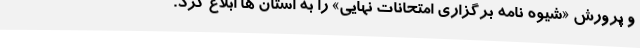
و پرورش «شیوه نامه برگزاری امتحانات نهایی» را به استان ها ابلاغ کرد.